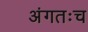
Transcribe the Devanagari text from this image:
अंगतःच